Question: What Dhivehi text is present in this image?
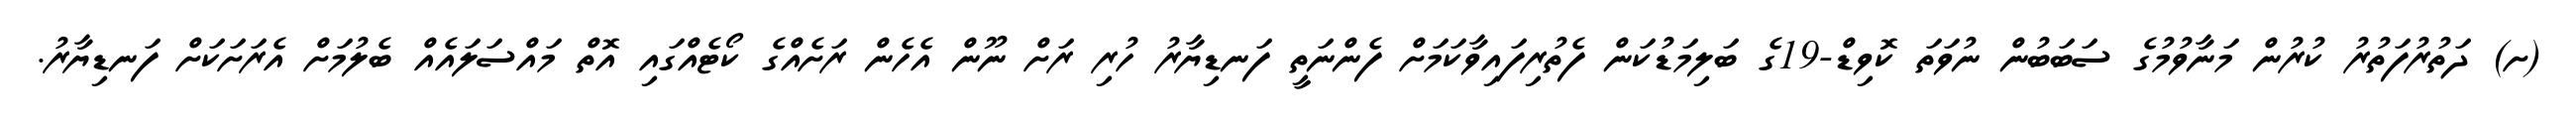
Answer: (ށ) ދަތުރުފަތުރު ކުރުން މަނާވުމުގެ ސަބަބުން ނުވަތަ ކޮވިޑް-19ގެ ބަލިމަޑުކަން ފެތުރިފައިވާކަމަށް ފެންނަތީ ފަނޑިޔާރު ހުރި ރަށް ނޫން އެހެން ރަށެއްގެ ކޯޓެއްގައި އޮތް މައްސަލައެއް ބެލުމަށް އެރަށަކަށް ފަނޑިޔާރު.